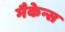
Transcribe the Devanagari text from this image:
मैकेन्स